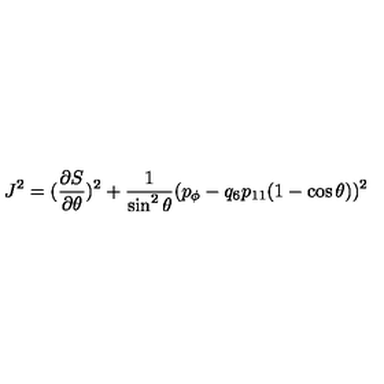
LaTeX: J ^ { 2 } = ( { \frac { \partial S } { \partial \theta } } ) ^ { 2 } + { \frac { 1 } { \sin ^ { 2 } \theta } } ( p _ { \phi } - q _ { 6 } p _ { 1 1 } ( 1 - \cos \theta ) ) ^ { 2 }